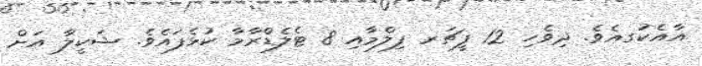
އާއެކުަގއެވެ. ދިވެހި 12 ފީޗަރ ފިލްމާއި 8 ޓެލެޑްރާމާ ކުޅެފައެވެ. ޝަކީލާ އަށް